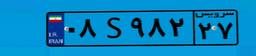
۳۸S۴۸۸۰۱